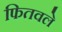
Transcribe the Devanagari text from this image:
फितवले